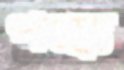
পঙ্কে